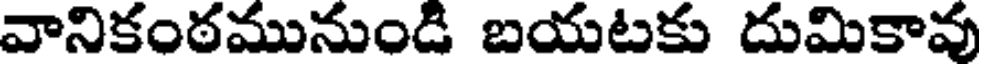
వానికంఠమునుండి బయటకు దుమికావు